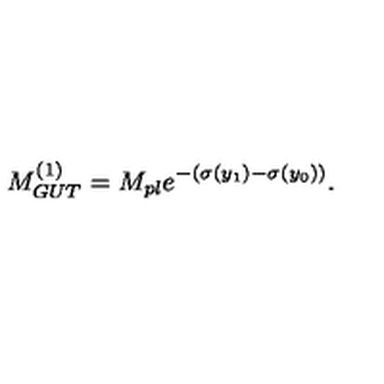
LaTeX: M _ { G U T } ^ { ( 1 ) } = M _ { p l } e ^ { - ( \sigma ( y _ { 1 } ) - \sigma ( y _ { 0 } ) ) } . \,